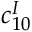
c _ { 1 0 } ^ { I }